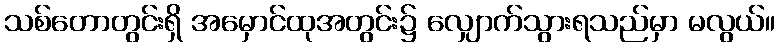
သစ်တောတွင်းရှိ အမှောင်ထုအတွင်း၌ လျှောက်သွားရသည်မှာ မလွယ်။